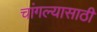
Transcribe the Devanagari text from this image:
चांगल्यासाठी